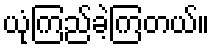
ယုံကြည်ခဲ့ကြတယ်။